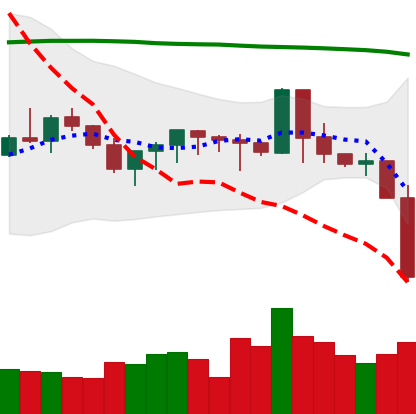
Ticker: XMR-USD
Chart end date: 2019-09-24
Forward return: -5.154%
Label: down_5_7